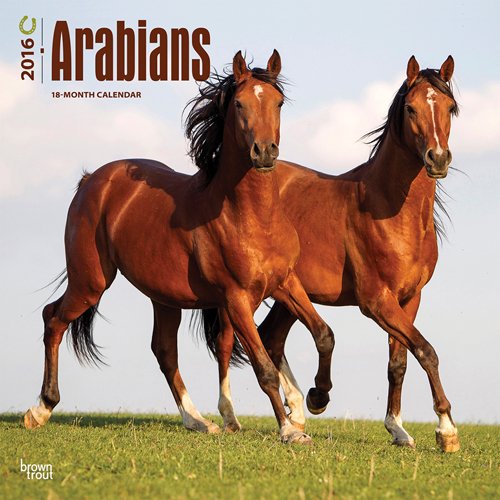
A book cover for Arabians 2016 Square 12x12; Browntrout Publishers; Calendars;